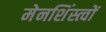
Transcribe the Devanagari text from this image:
मेनशिंस्त्वों